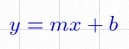
y=mx+b